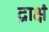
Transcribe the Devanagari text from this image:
द्राक्षं